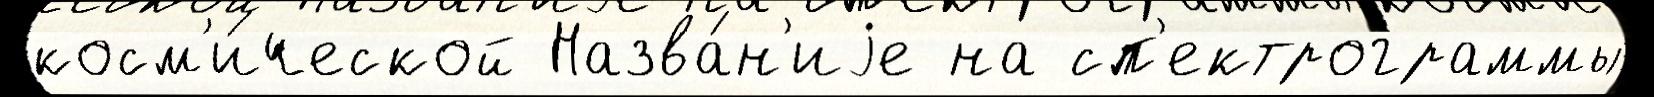
косм'и́ческой Назва́н'иjе на сп'ектрограммы